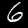
Label: 6